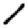
Digit: 1